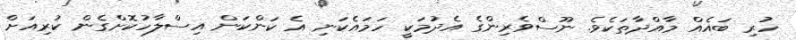
ހުރި ބައެއް މާއްދާތަކެވެ. ނޫސްވެރިންގެ އެދުމަކީ ހަމައެކަނި އެ ކަންކަން އިސްލާހުކޮށްގެން ކުރިއަށް